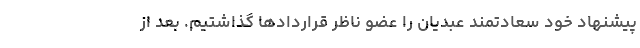
پیشنهاد خود سعادتمند عبدیان را عضو ناظر قراردادها گذاشتیم. بعد از